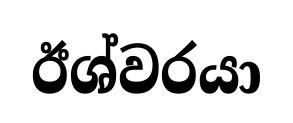
ඊශ්වරයා